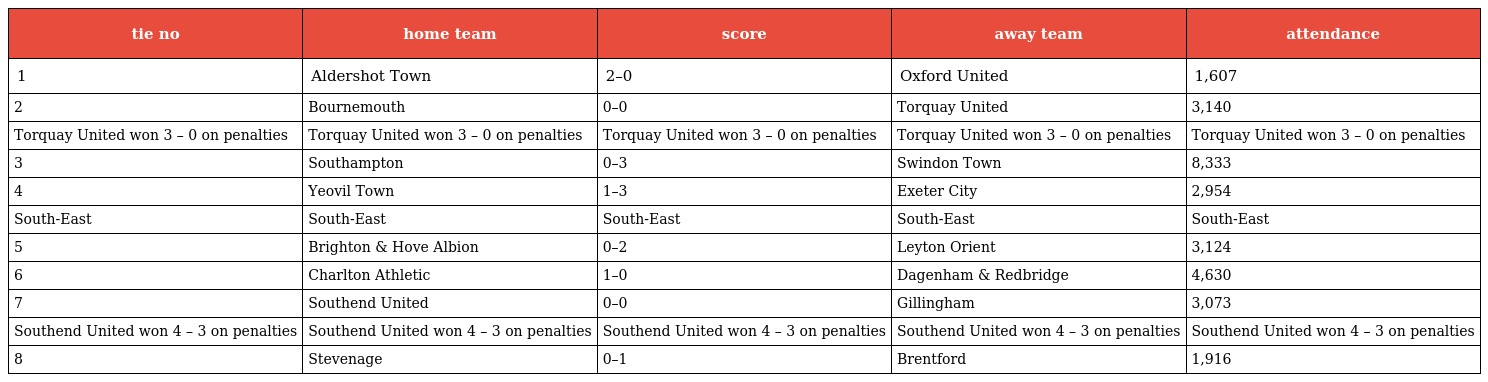
| tie no | home team | score | away team | attendance |
 | --- | --- | --- | --- | --- |
 | 1 | Aldershot Town | 2–0 | Oxford United | 1,607 |
 | 2 | Bournemouth | 0–0 | Torquay United | 3,140 |
 | Torquay United won 3 – 0 on penalties | Torquay United won 3 – 0 on penalties | Torquay United won 3 – 0 on penalties | Torquay United won 3 – 0 on penalties | Torquay United won 3 – 0 on penalties |
 | 3 | Southampton | 0–3 | Swindon Town | 8,333 |
 | 4 | Yeovil Town | 1–3 | Exeter City | 2,954 |
 | South-East | South-East | South-East | South-East | South-East |
 | 5 | Brighton & Hove Albion | 0–2 | Leyton Orient | 3,124 |
 | 6 | Charlton Athletic | 1–0 | Dagenham & Redbridge | 4,630 |
 | 7 | Southend United | 0–0 | Gillingham | 3,073 |
 | Southend United won 4 – 3 on penalties | Southend United won 4 – 3 on penalties | Southend United won 4 – 3 on penalties | Southend United won 4 – 3 on penalties | Southend United won 4 – 3 on penalties |
 | 8 | Stevenage | 0–1 | Brentford | 1,916 |